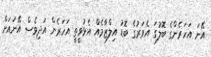
އޭނަ އަހަރެންގެ ބޮލުގަ އެވަރުގެ ބޮޑު އިލްޒާމެއް އެޅުވީތީ އަހަރެން އަދިވެސް އޭނައަށް